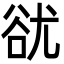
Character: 㞃